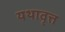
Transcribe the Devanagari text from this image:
यथावृत्त